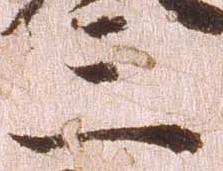
三